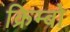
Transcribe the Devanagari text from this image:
क्रिम्बो